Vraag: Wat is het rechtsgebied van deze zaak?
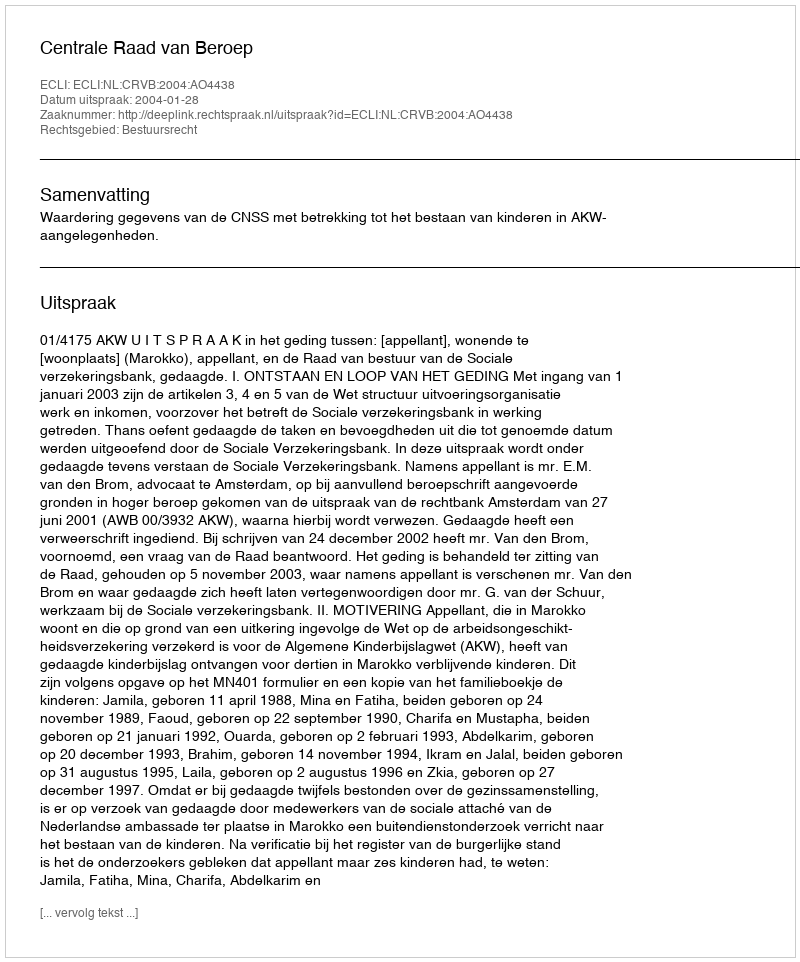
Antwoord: Bestuursrecht